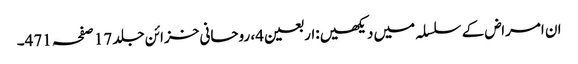
ان امراض کے سلسلہ میں دیکھیں:اربعین4، روحانی خزائن جلد 17 صفحہ 471۔